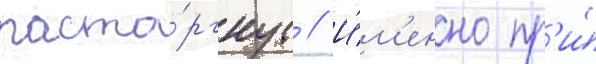
расто́ргнут // И́м'енно пр'и́